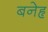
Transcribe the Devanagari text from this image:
बनेहृ